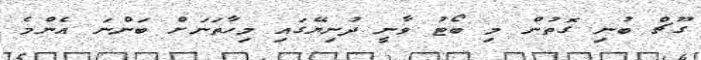
ގޫޗް ބުނި ގޮތުން މި ބޯޓު ވާނީ ދުނިޔޭގައި މިހާތަނަށް ބަންނަ އެންމެ